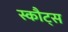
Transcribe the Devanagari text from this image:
स्कौट्स